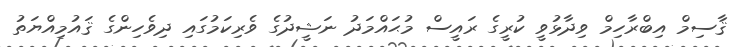
ޤާސިމް އިބްރާހިމް ވިދާޅުވީ ކުރީގެ ރައީސް މުޙައްމަދު ނަޝީދުގެ ވެރިކަމުގައި ދިވެހިންގެ ޤައުމިއްޔަތު